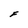
Character: F